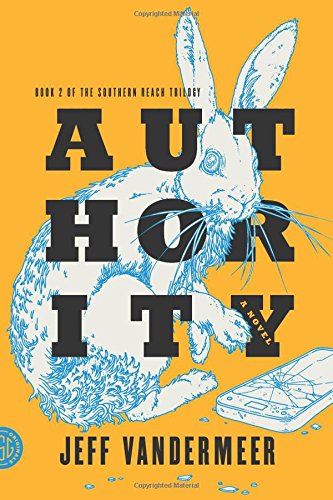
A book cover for Authority: A Novel (The Southern Reach Trilogy); Jeff VanderMeer; Mystery, Thriller & Suspense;